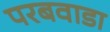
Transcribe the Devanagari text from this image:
परबवाडा